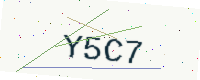
Text: Y5C7